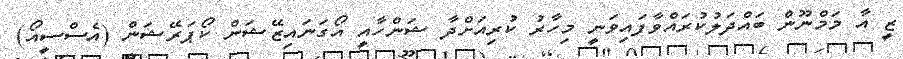
ޒީ އާ މަމްނޫން ބައްދަލުކުރައްވާފައިވަނީ މިހާރު ކުރިއަށްދާ ޝަންހާއީ އޯގަނައިޒޭޝަން ކޯޕަރޭޝަން (އެސްސީއޯ)